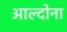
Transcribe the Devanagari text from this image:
आल्दोना